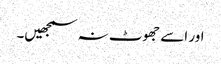
اور اسے جھوٹ نہ سمجھیں۔